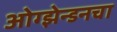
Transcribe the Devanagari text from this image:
ओग्झेन्डनचा